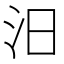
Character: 汨